Indian journal of veterinary science and animal husbandry - Volumes 18-21, 1948-1951
Year: 1948
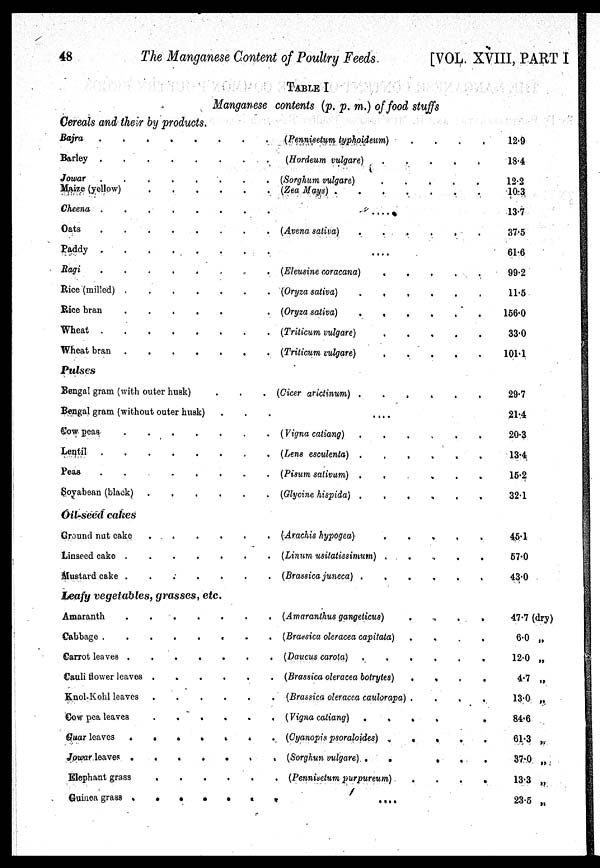
48
The Manganese Content of Poultry Feeds
[VOL. XVIII, PART I
TABLE I
Manganese contents (p. p. m.) of food stuffs
Cereals and their by products.
Bajra . . . . . . . . . .
Barley.. . . . . . .
Jowar . . . . . .
Maize (yellow)
Cheena
........
Oats
Paddy
Ragi
Rice (milled)
Rice bran
Wheat
Wheat bran
Pulses
Bengal gram (with outer husk) . . .
Bengal gram (without outer husk). . . .
Cow peas . . . . . . . .
Lentil . . . . . . . .
Peas . . . . .. . . .
Soyabean (black)
Oil-seed cakes
Ground nut cake
Linseed cake . . . . . . . . . .
Mustard cake . . . . . . . . . .
Leafy vegetables, grasses, etc.
Amaranth . . . . . . . . . .
Cabbage . . . . . . . . . .
Carrot leaves . . . . . . . . . .
Cauli flower leaves
......
Knol-Kohl leaves
Cow pea leaves
......
Gluar leaves . . . . . . . . . .
Jowar leaves . . . . . . . . . .
Elephant grass
.
.
.
.
.
Guinea grass . . . . . . . . . .
(Pennisetum typhoideum)
.
.
.
.
(Hordeum vulgare)
(Sorghum vulgare)
(Zea Mays)
.......
....
(Avena sativa)
......
....
(Eleusine coracana)
(Oryza sativa)
......
(Oryza sativa)
......
(Trilicum vulgare)
(Triticum vulgare)
(Cicer arictinum)
......
....
(Vigna catiang)
(Lens esculenta)
......
(Pisum sativum)
......
(Glycine hispida)
.......
(Arachis hypogea)
(Linum usitatissimum) . .
.
.
.
(Brassica juneca) .
.
.
.
.
.
.
(Amaranthus gangeticus)
.
.
.
. . . .
(Brassica oleracea capitata) .
.
.
. .
(Daucus carola)
......
(Brassica oleracea botrytes) .
.
.
. . .
(Brassica oleracea caulorapa) .
.
.
. . ,
(Vigna catiang)
.
.
.
.
.
.
(Cyanopis psoraloides)
.
.
.
.
(Sorghun vulgare) . . . . . .
(Pennisetum purpureum) . . . . . .
....
12.9
18.4
12.2
10.3
13.7
37.5
61.6
99.2
11.5
156.0
33.0
101.1
29.7
21.4
20.3
13.4
16.2
32.1
45.1
57.0
43.0
47.7 (dry)
6.0 „
12.0 „
4.7 „
13.0 „
84.6
61.3 „
37.0 „
13.3 „
23.5 „